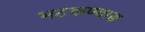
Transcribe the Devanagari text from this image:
भटकण्यास